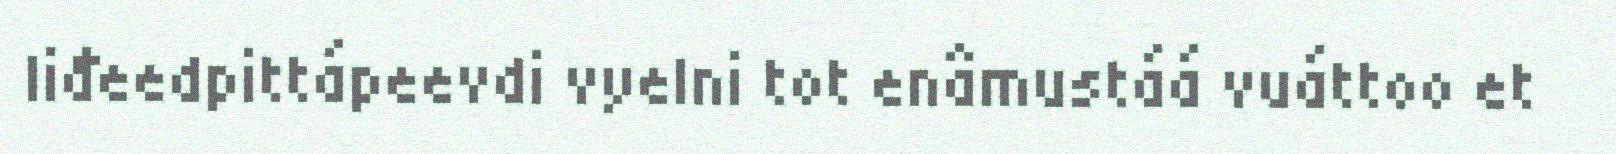
Iiđeedpittápeevdi vyelni tot enâmustáá vuáttoo et